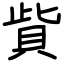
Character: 貲